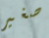
صغير